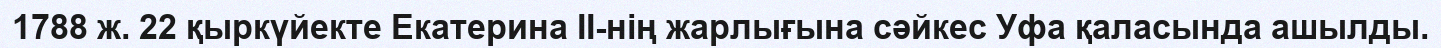
1788 ж. 22 қыркүйекте Екатерина II-нің жарлығына сәйкес Уфа қаласында ашылды.